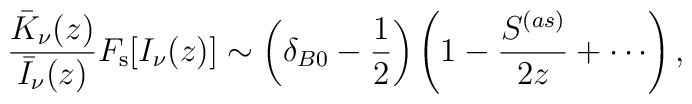
\frac{\bar{K}_{\nu }(z)}{\bar{I}_{\nu }(z)}F_{\mathrm{s}}[I_{\nu }(z)]\sim\left( \delta _{B0}-\frac{1}{2}\right) \left( 1-\frac{S^{(as)}}{2z}+\cdots\right) ,